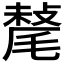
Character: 𣯷